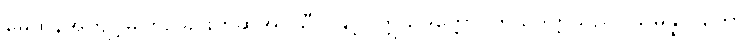
မေထုန်အကျင့်မှကြဉ်ခြင်းဟုဆိုအပ်သီလနှင့်။ ဣသိဒတ္တော၊ ဣသိဒတ္တသည်။ သမန္နာဂတော၊